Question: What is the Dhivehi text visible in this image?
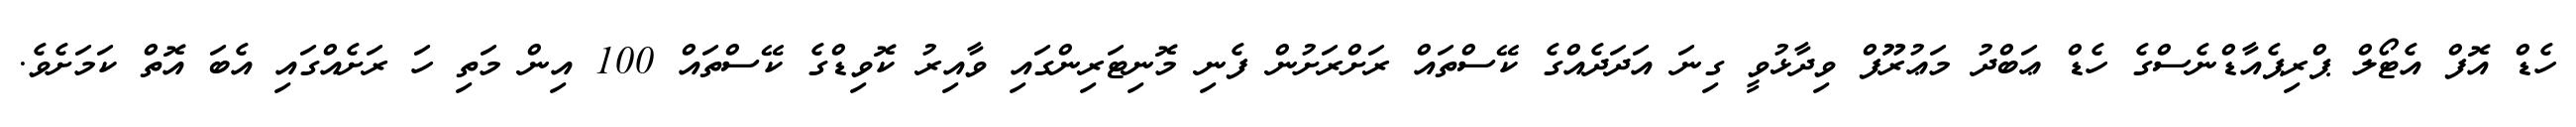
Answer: ހެޑް އޮފް އެޓޯލް ޕްރިޕެއާޑްނެސްގެ ހެޑް ޢަބްދު މަޢުރޫފް ވިދާޅުވީ ގިނަ އަދަދެއްގެ ކޭސްތައް ރަށްރަށުން ފެނި މޮނިޓަރިންގައި ވާއިރު ކޮވިޑްގެ ކޭސްތައް 100 އިން މަތި ހަ ރަށެއްގައި އެބަ އޮތް ކަމަށެވެ.